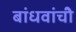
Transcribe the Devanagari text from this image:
बांधवांचीे